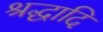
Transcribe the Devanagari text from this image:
श्रद्धादि